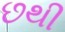
છથી